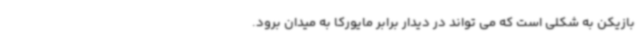
بازیکن به شکلی است که می تواند در دیدار برابر مایورکا به میدان برود.